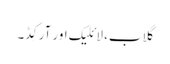
گلاب، لائلیک اور آرکِڈ۔